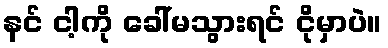
နင် ငါ့ကို ခေါ်မသွားရင် ငိုမှာပဲ။